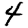
Digit: 4